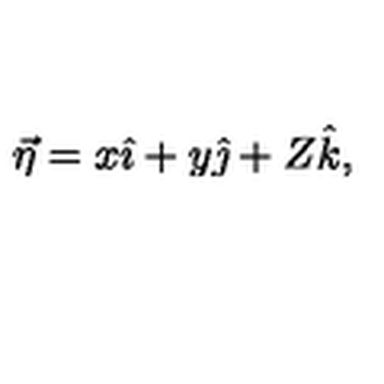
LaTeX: \vec { \eta } = x \hat { \imath } + y \hat { \jmath } + Z \hat { k } ,